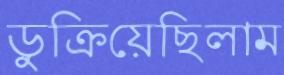
ডুক্‌রিয়েছিলাম